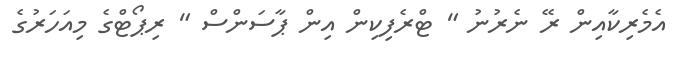
އެމެރިކާއިން ރޭ ނެރުނު " ޓްރެފިކިން އިން ޕާސަންސް " ރިޕޯޓްގެ މިއަހަރުގެ